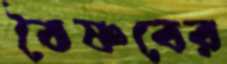
বৈষ্ণবের